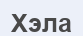
Хэла